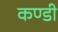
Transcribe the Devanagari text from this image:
कण्डी